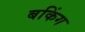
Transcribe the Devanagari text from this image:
बकिंग